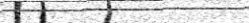
٢٠